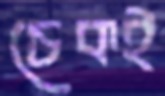
চেকই